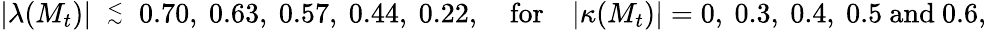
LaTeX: |\lambda(M_{t})|\ \stackrel{<}{{}_{\sim}}\ 0.70,\ 0.63,\ 0.57,\ 0.44,\ 0.22,\quad\mathrm{for}\quad|\kappa(M_{t})|=0,\ 0.3,\ 0.4,\ 0.5\ \mathrm{and}\ 0.6,